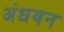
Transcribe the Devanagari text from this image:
अंधवन